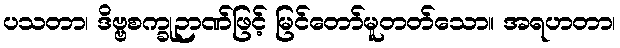
ပသတာ၊ ဒိဗ္ဗစက္ခုဉာဏ်ဖြင့် မြင်တော်မူတတ်သော။ အရဟတာ၊